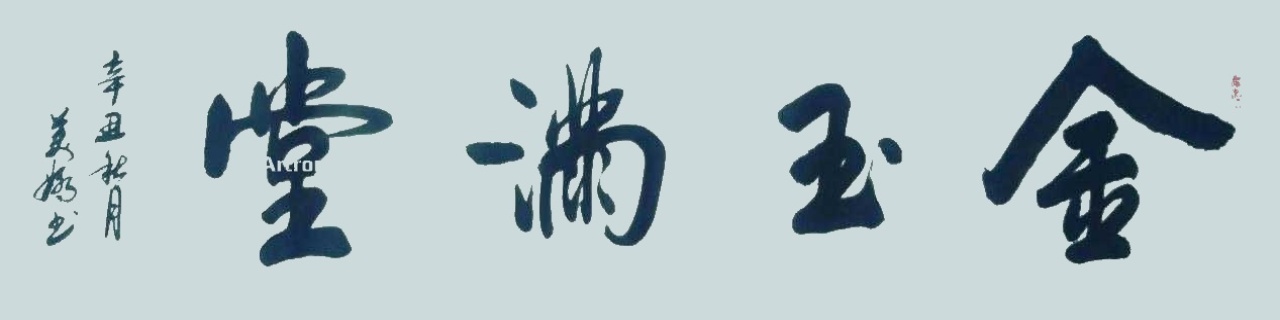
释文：金玉满堂丙申年，翟美娇